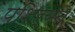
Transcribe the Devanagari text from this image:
पशिर्यन